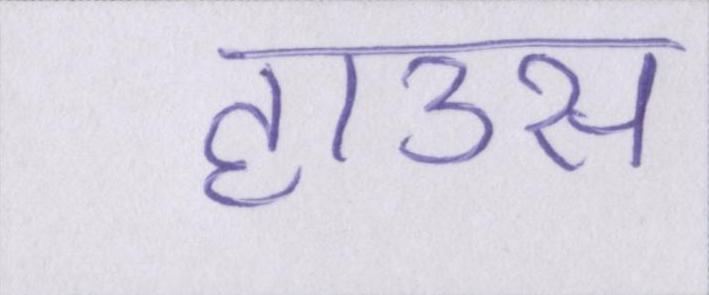
हाउस